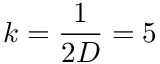
k = \frac { 1 } { 2 D } = 5